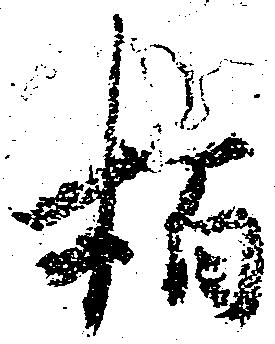
栢